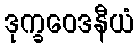
ဒုက္ခဝေဒနီယံ